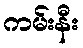
ကမ်းနီး